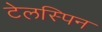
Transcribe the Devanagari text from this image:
टेलस्पिन